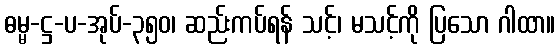
ဓမ္မ-ဋ္ဌ-ပ-အုပ်-၃၅၀၊ ဆည်းကပ်ရန် သင့်၊ မသင့်ကို ပြသော ဂါထာ။